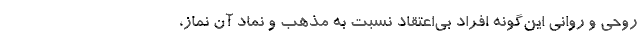
روحی و روانی این‌گونه افراد بی‌اعتقاد نسبت به مذهب و نماد آن نماز،